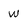
Character: W